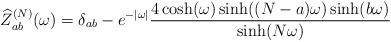
LaTeX: \begin{align*}\widehat{Z}^{(N)}_{ab}(\omega)= \delta_{ab}-e^{-|\omega|}\frac{4\cosh(\omega)\sinh((N-a)\omega)\sinh(b\omega)}{\sinh(N\omega)}\end{align*}